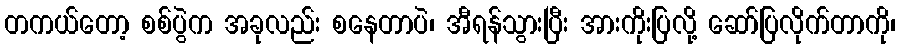
တကယ်တော့ စစ်ပွဲက အခုလည်း စနေတာပဲ၊ အီရန်သွားပြီး အားကိုးပြလို့ ဆော်ပြလိုက်တာကို၊